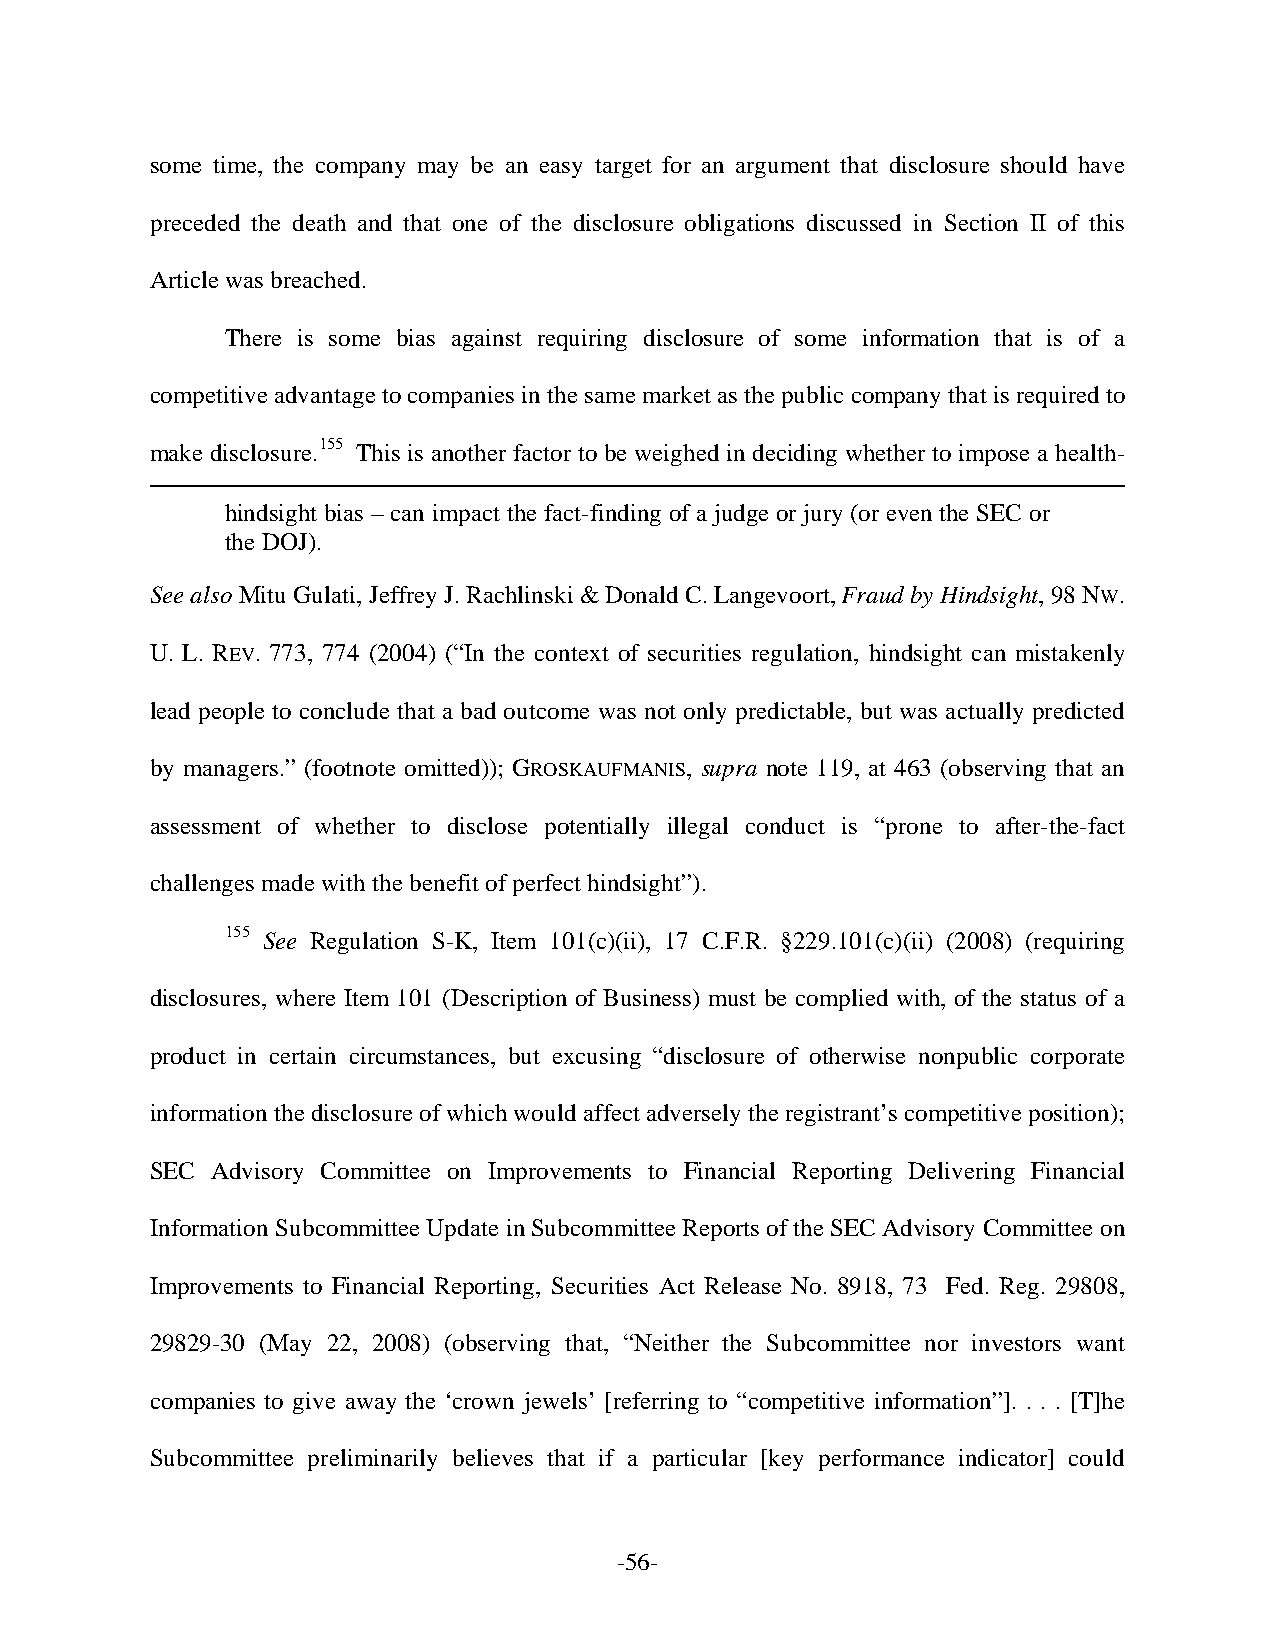
some time, the company may be an easy target for an argument that disclosure should have
 preceded the death and that one of the disclosure obligations discussed in Section II of this
 Article was breached.
 There is some bias against requiring disclosure of some information that is of a
 competitive advantage to companies in the same market as the public company that is required to
 make disclosure.155 This is another factor to be weighed in deciding whether to impose a health-
 hindsight bias – can impact the fact-finding of a judge or jury (or even the SEC or
 the DOJ).
 See also Mitu Gulati, Jeffrey J. Rachlinski & Donald C. Langevoort, Fraud by Hindsight, 98 NW.
 U. L. REV. 773, 774 (2004) (“In the context of securities regulation, hindsight can mistakenly
 lead people to conclude that a bad outcome was not only predictable, but was actually predicted
 by managers.” (footnote omitted)); GROSKAUFMANIS, supra note 119, at 463 (observing that an
 assessment of whether to disclose potentially illegal conduct is “prone to after-the-fact
 challenges made with the benefit of perfect hindsight”).
 155 See Regulation S-K, Item 101(c)(ii), 17 C.F.R. §229.101(c)(ii) (2008) (requiring
 disclosures, where Item 101 (Description of Business) must be complied with, of the status of a
 product in certain circumstances, but excusing “disclosure of otherwise nonpublic corporate
 information the disclosure of which would affect adversely the registrant’s competitive position);
 SEC Advisory Committee on Improvements to Financial Reporting Delivering Financial
 Information Subcommittee Update in Subcommittee Reports of the SEC Advisory Committee on
 Improvements to Financial Reporting, Securities Act Release No. 8918, 73 Fed. Reg. 29808,
 29829-30 (May 22, 2008) (observing that, “Neither the Subcommittee nor investors want
 companies to give away the ‘crown jewels’ [referring to “competitive information”]. . . . [T]he
 Subcommittee preliminarily believes that if a particular [key performance indicator] could
 -56-